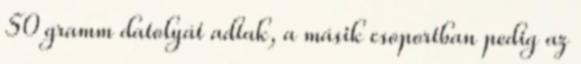
50 gramm datolyát adtak, a másik csoportban pedig az